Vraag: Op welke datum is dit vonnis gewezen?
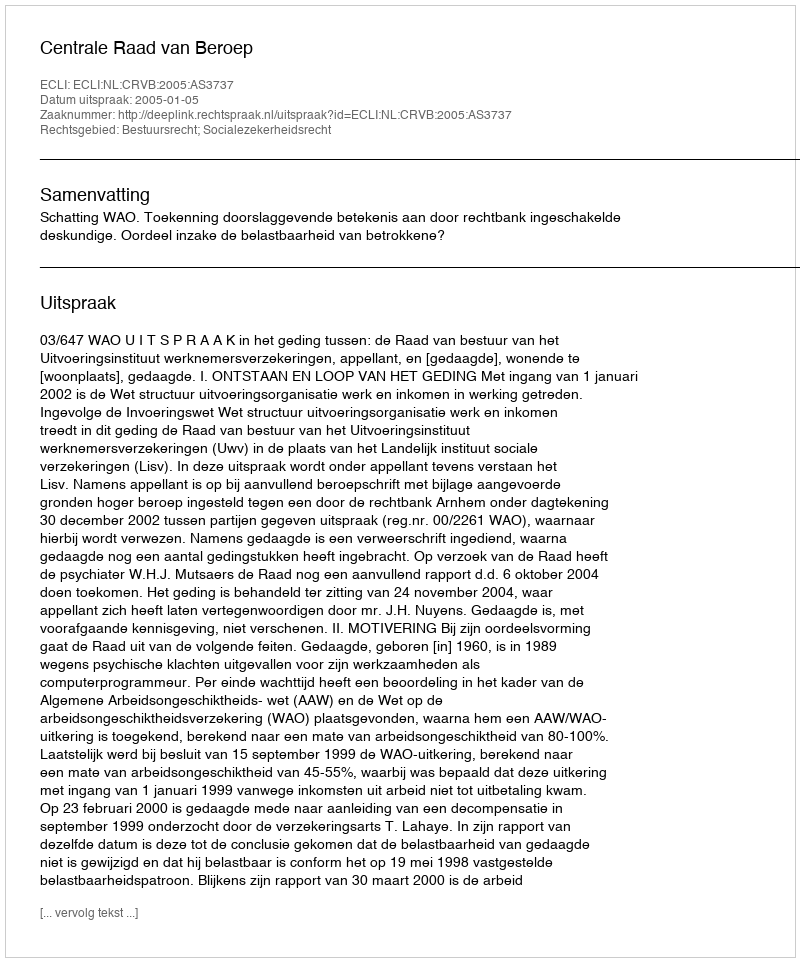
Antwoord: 2005-01-05